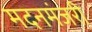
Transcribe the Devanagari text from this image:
मदनमंजरी